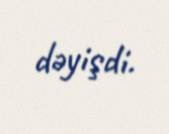
dəyişdi.